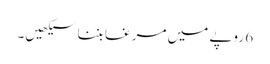
6 روپے میں مرغا بننا سیکھیں۔